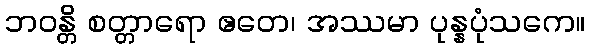
ဘဝန္တိ စတ္တာရော ဧတေ၊ အဿမာ ပုန္နပုံသကေ။